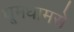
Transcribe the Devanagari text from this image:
धूमधामसे